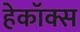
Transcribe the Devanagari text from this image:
हेकॉक्स